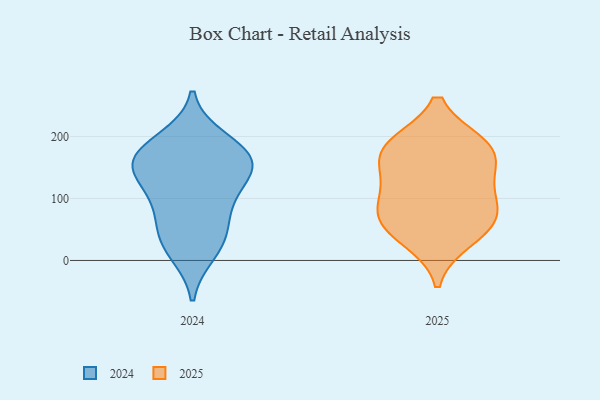
{"axis": {"x": "Budget (USD K)", "y": "Value"}, "legend": ["2024", "2025"], "data": [{"x": "", "y": 181, "type": "2025"}, {"x": "", "y": 184, "type": "2025"}, {"x": "", "y": 66, "type": "2025"}, {"x": "", "y": 186, "type": "2025"}, {"x": "", "y": 34, "type": "2025"}, {"x": "", "y": 103, "type": "2025"}, {"x": "", "y": 157, "type": "2025"}, {"x": "", "y": 78, "type": "2025"}, {"x": "", "y": 126, "type": "2025"}, {"x": "", "y": 57, "type": "2025"}, {"x": "", "y": 141, "type": "2024"}, {"x": "", "y": 90, "type": "2024"}, {"x": "", "y": 134, "type": "2024"}, {"x": "", "y": 173, "type": "2024"}, {"x": "", "y": 14, "type": "2024"}, {"x": "", "y": 42, "type": "2024"}, {"x": "", "y": 90, "type": "2024"}, {"x": "", "y": 164, "type": "2024"}, {"x": "", "y": 194, "type": "2024"}, {"x": "", "y": 168, "type": "2024"}, {"x": "", "y": 34, "type": "2024"}, {"x": "", "y": 155, "type": "2024"}]}